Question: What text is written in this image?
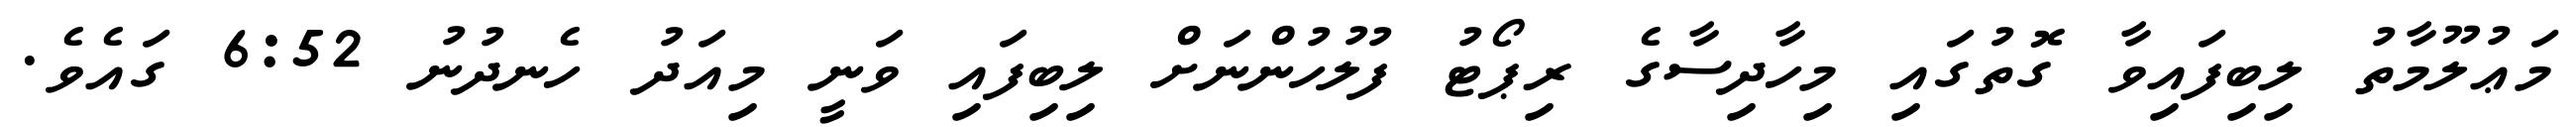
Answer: މަޢުލޫމާތު ލިބިފައިވާ ގޮތުގައި މިހާދިސާގެ ރިޕޯޓު ފުލުހުންނަށް ލިބިފައި ވަނީ މިއަދު ހެނދުނު 6:52 ގައެވެ.